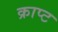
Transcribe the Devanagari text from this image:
क्राप्ट